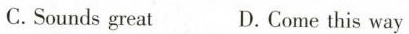
C. Sounds great D. Come this way